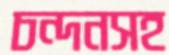
চন্দনসহ